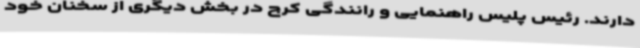
دارند. رئیس پلیس راهنمایی و رانندگی کرج در بخش دیگری از سخنان خود